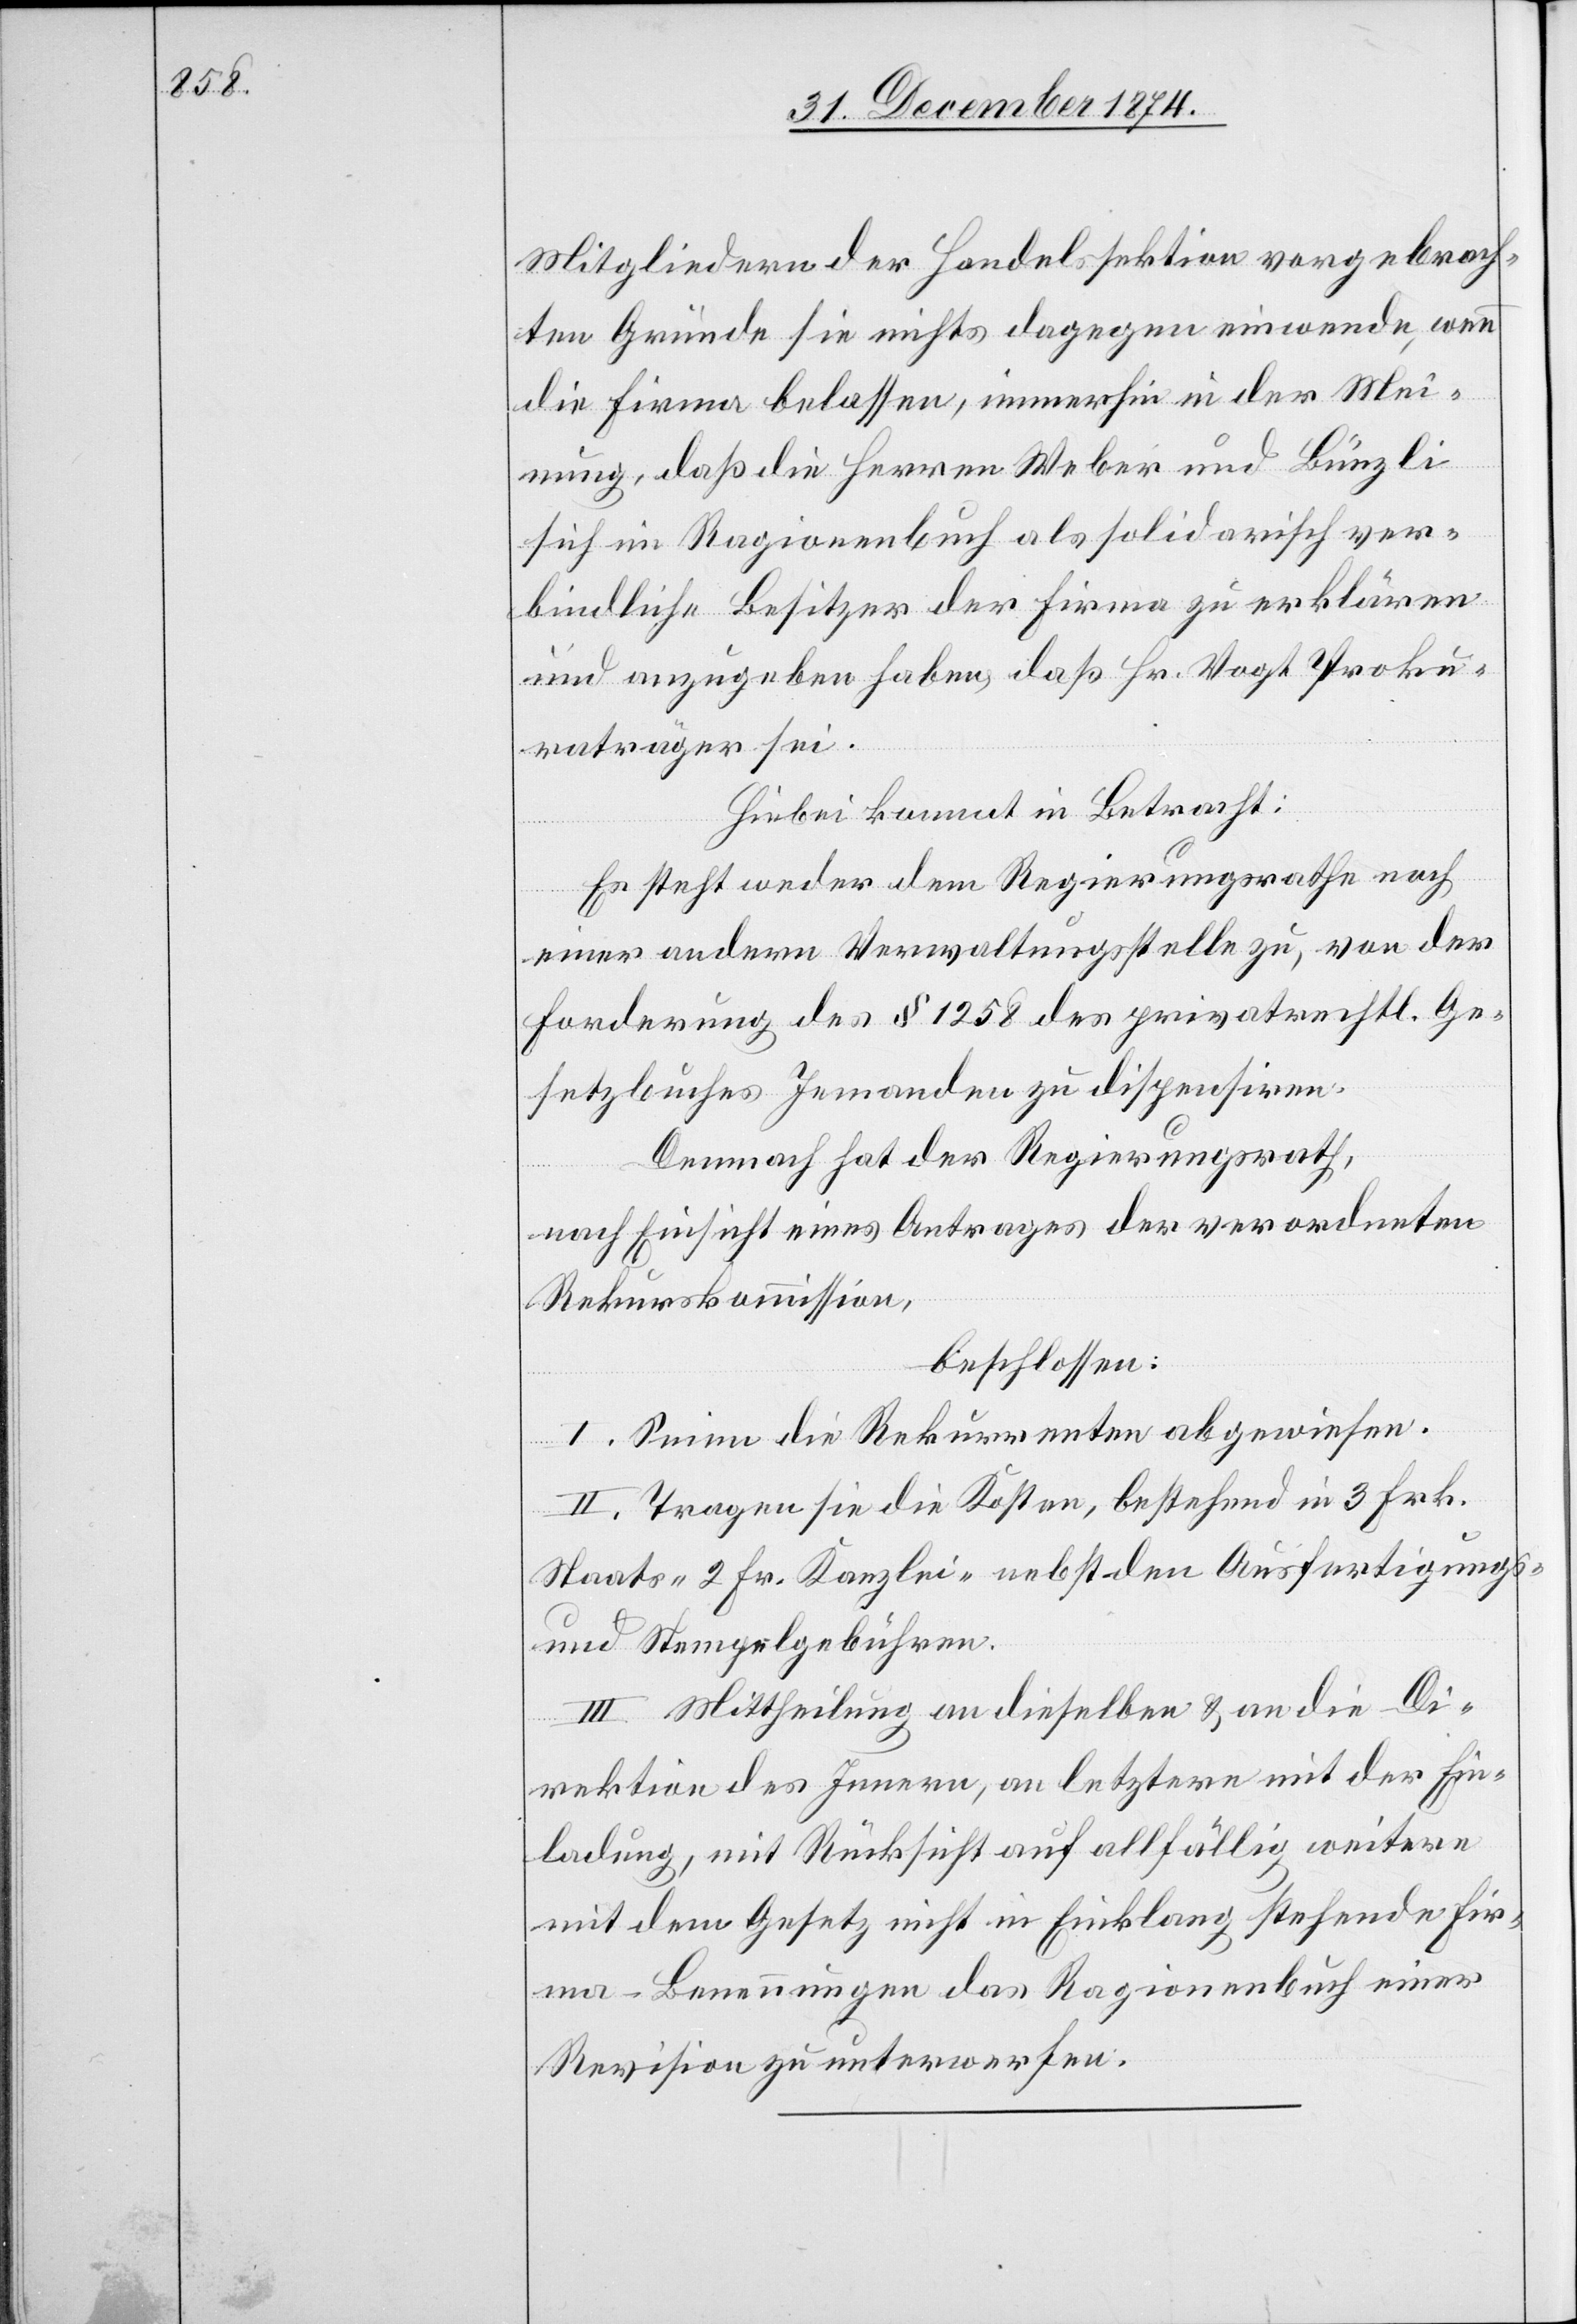
Mitgliedern der Handelssektion vorgebrach¬
ten Gründe sie nichts dagegen einwende, wenn
die Firma belassen, immerhin in der Mei¬
nung, daß die Herren Weber und Bünzli
sich im Ragionenbuch als solidarisch ver¬
bindliche Besitzer der Firma zu erklären
und anzugeben haben, daß Hr. Vogt Proku¬
raträger sei.
Hiebei kommt in Betracht:
Es steht weder dem Regierungsrathe noch
einer andern Verwaltungsstelle zu, von der
Forderung des § 1258 des privatrechtl. Ge¬
setzbuches Jemanden zu dispensiren.
Demnach hat der Regierungsrath,
nach Einsicht eines Antrages der verordneten
Rekurskommission,
beschlossen:
I. Seien die Rekurrenten abgewiesen.
II. Tragen sie die Kosten, bestehend in 3 Frk.
Staats-[,] Kanzlei- nebst den Ausfertigungs-
und Stempelgebühren.
III. Mittheilung an dieselben & an die Di¬
rektion des Innern, an letztere mit der Ein¬
ladung, mit Rücksicht auf allfällig weitere
mit dem Gesetz nicht in Einklang stehende Fir¬
ma-Benennungen das Ragionenbuch einer
Revision zu unterwerfen.